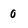
Character: 0